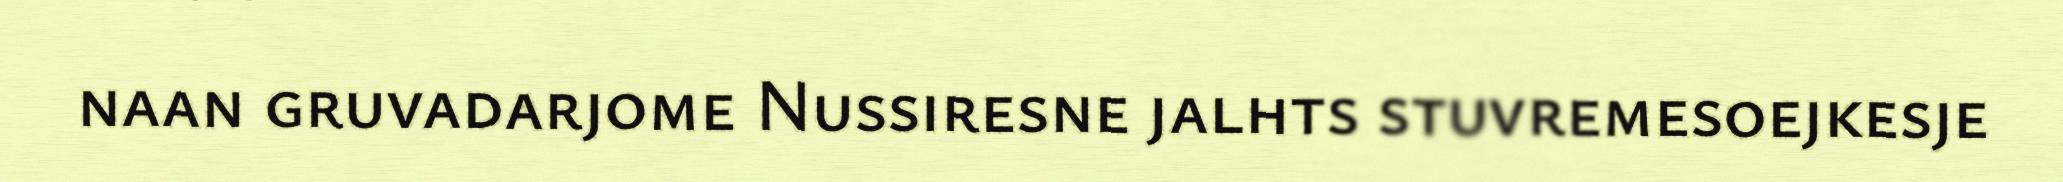
naan gruvadarjome Nussiresne jalhts stuvremesoejkesje